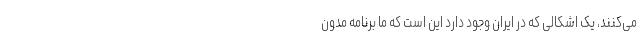
می‌کنند، یک اشکالی که در ایران وجود دارد این است که ما برنامه مدون